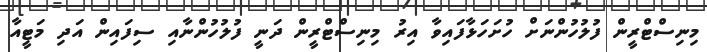
މިނިސްޓްރީން ފުލުހުންނަށް ހުށަހަޅާފައިވާ އިރު މިނިސްޓްރީން ދަނީ ފުލުހުންނާއި ސިފައިން އަދި މަޓީއާ